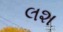
લશ